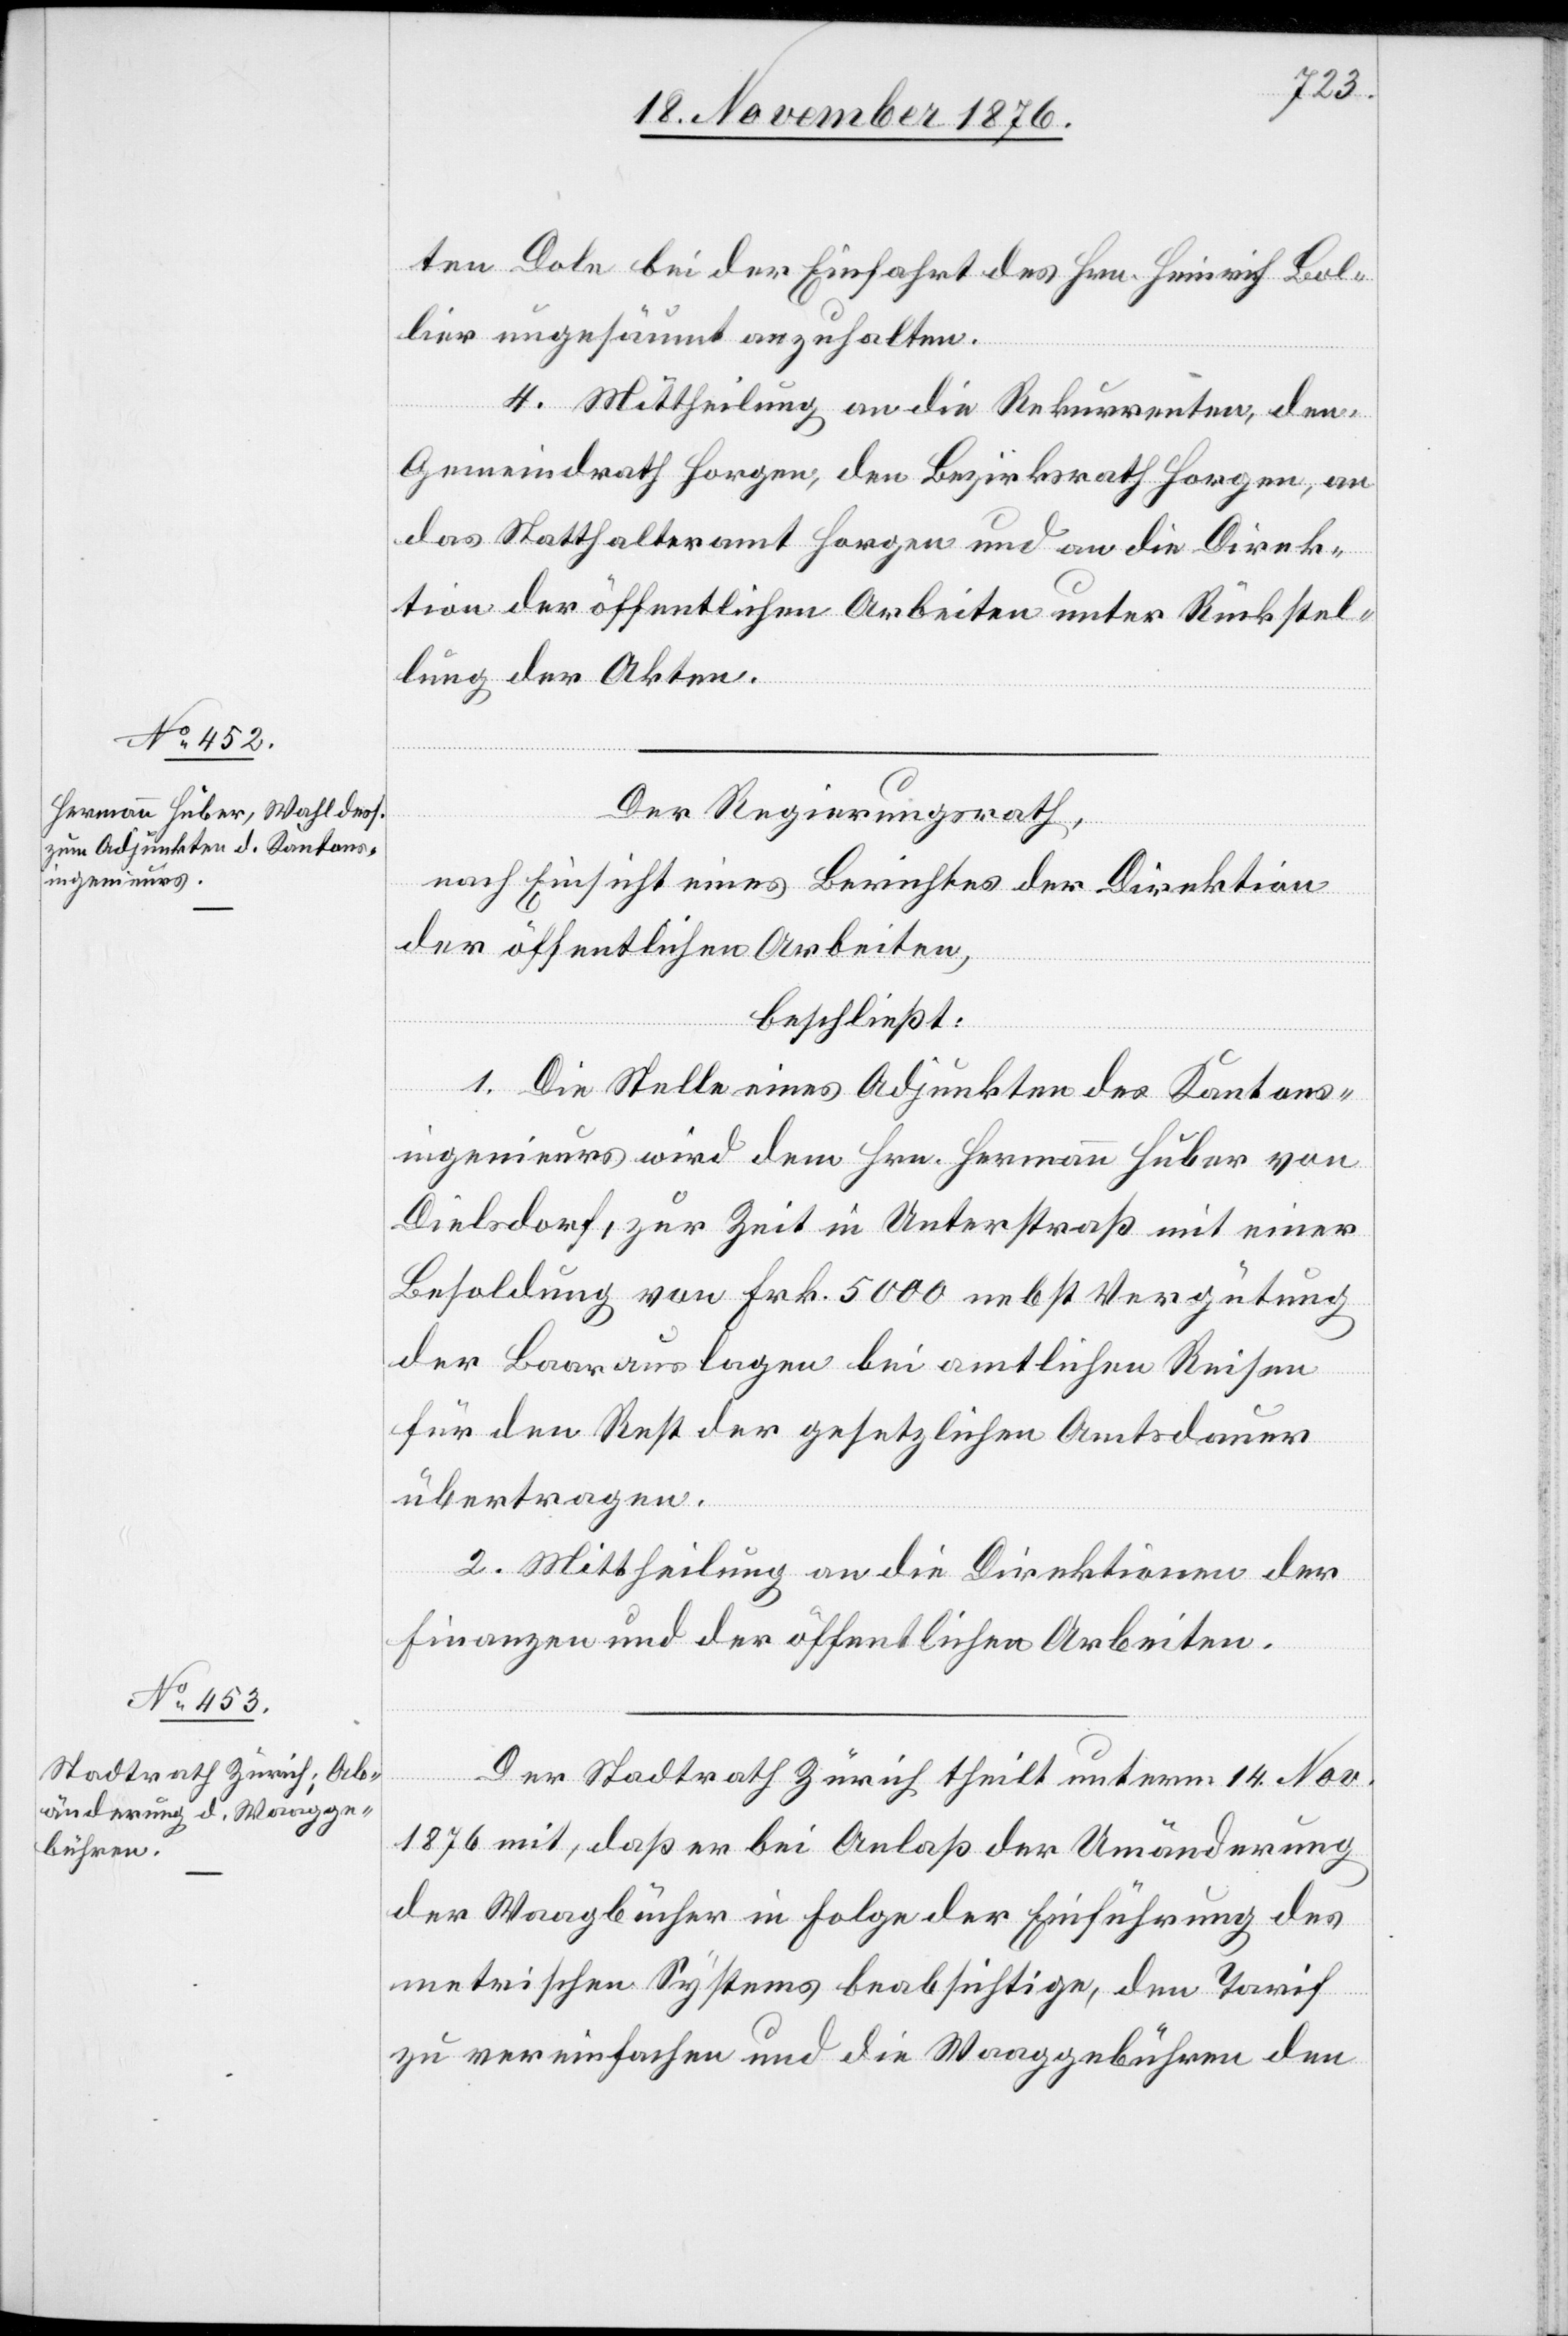
ten Dole bei der Einfahrt des Hrn. Heinrich Bol¬
lier ungesäumt anzuhalten.
4. Mittheilung an die Rekurrentin, den
Gemeindrath Horgen, den Bezirksrath Horgen, an
das Statthalteramt Horgen und an die Direk¬
tion der öffentlichen Arbeiten unter Rückstel¬
lung der Akten.
Der Regierungsrath,
nach Einsicht eines Berichtes der Direktion
der öffentlichen Arbeiten,
beschließt:
1. Die Stelle eines Adjunkten des Kantons¬
ingenieurs wird dem Hrn. Hermann Huber von
Dielsdorf, zur Zeit in Unterstraß mit einer
Besoldung von Frk. 5000 nebst Vergütung
der Baarauslagen bei amtlichen Reisen
für den Rest der gesetzlichen Amtsdauer
übertragen.
2. Mittheilung an die Direktion der
Finanzen und der öffentlichen Arbeiten.
Der Stadtrath Zürich theilt unterm 14. Nov.
1876 mit, daß er bei Anlaß der Umänderung
der Waagbücher in Folge der Einführung des
metrischen Systems beabsichtige, den Tarif
zu vereinfachen und die Waaggebühren den